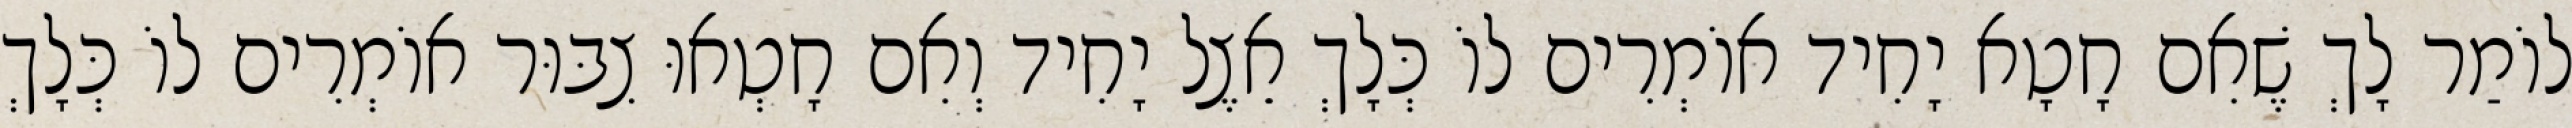
לוֹמַר לָךְ שֶׁאִם חָטָא יָחִיד אוֹמְרִים לוֹ כְּלָךְ אֵצֶל יָחִיד וְאִם חָטְאוּ צִבּוּר אוֹמְרִים לוֹ כְּלָךְ